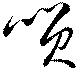
咲